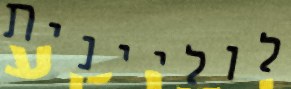
לוליינית